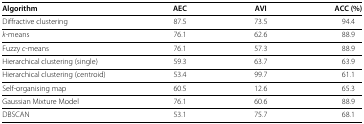
| Algorithm | AEC | AVI | ACC (%) |
 | --- | --- | --- | --- |
 | Diffractive clustering | 87.5 | 73.5 | 94.4 |
 | k‐means | 76.1 | 62.6 | 88.9 |
 | Fuzzy c‐means | 76.1 | 57.3 | 88.9 |
 | Hierarchical clustering (single) | 59.3 | 63.7 | 63.9 |
 | Hierarchical clustering (centroid) | 53.4 | 99.7 | 61.1 |
 | Self‐organising map | 60.5 | 12.6 | 65.3 |
 | Gaussian Mixture Model | 76.1 | 60.6 | 88.9 |
 | DBSCAN | 53.1 | 75.7 | 68.1 |